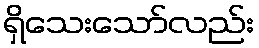
ရှိသေးသော်လည်း